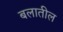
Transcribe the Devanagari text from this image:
बलातील